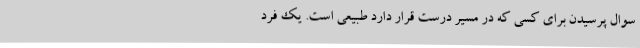
سوال پرسیدن برای کسی که در مسیر درست قرار دارد طبیعی است. یک فرد